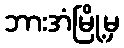
ဘားအံမြို့မှ